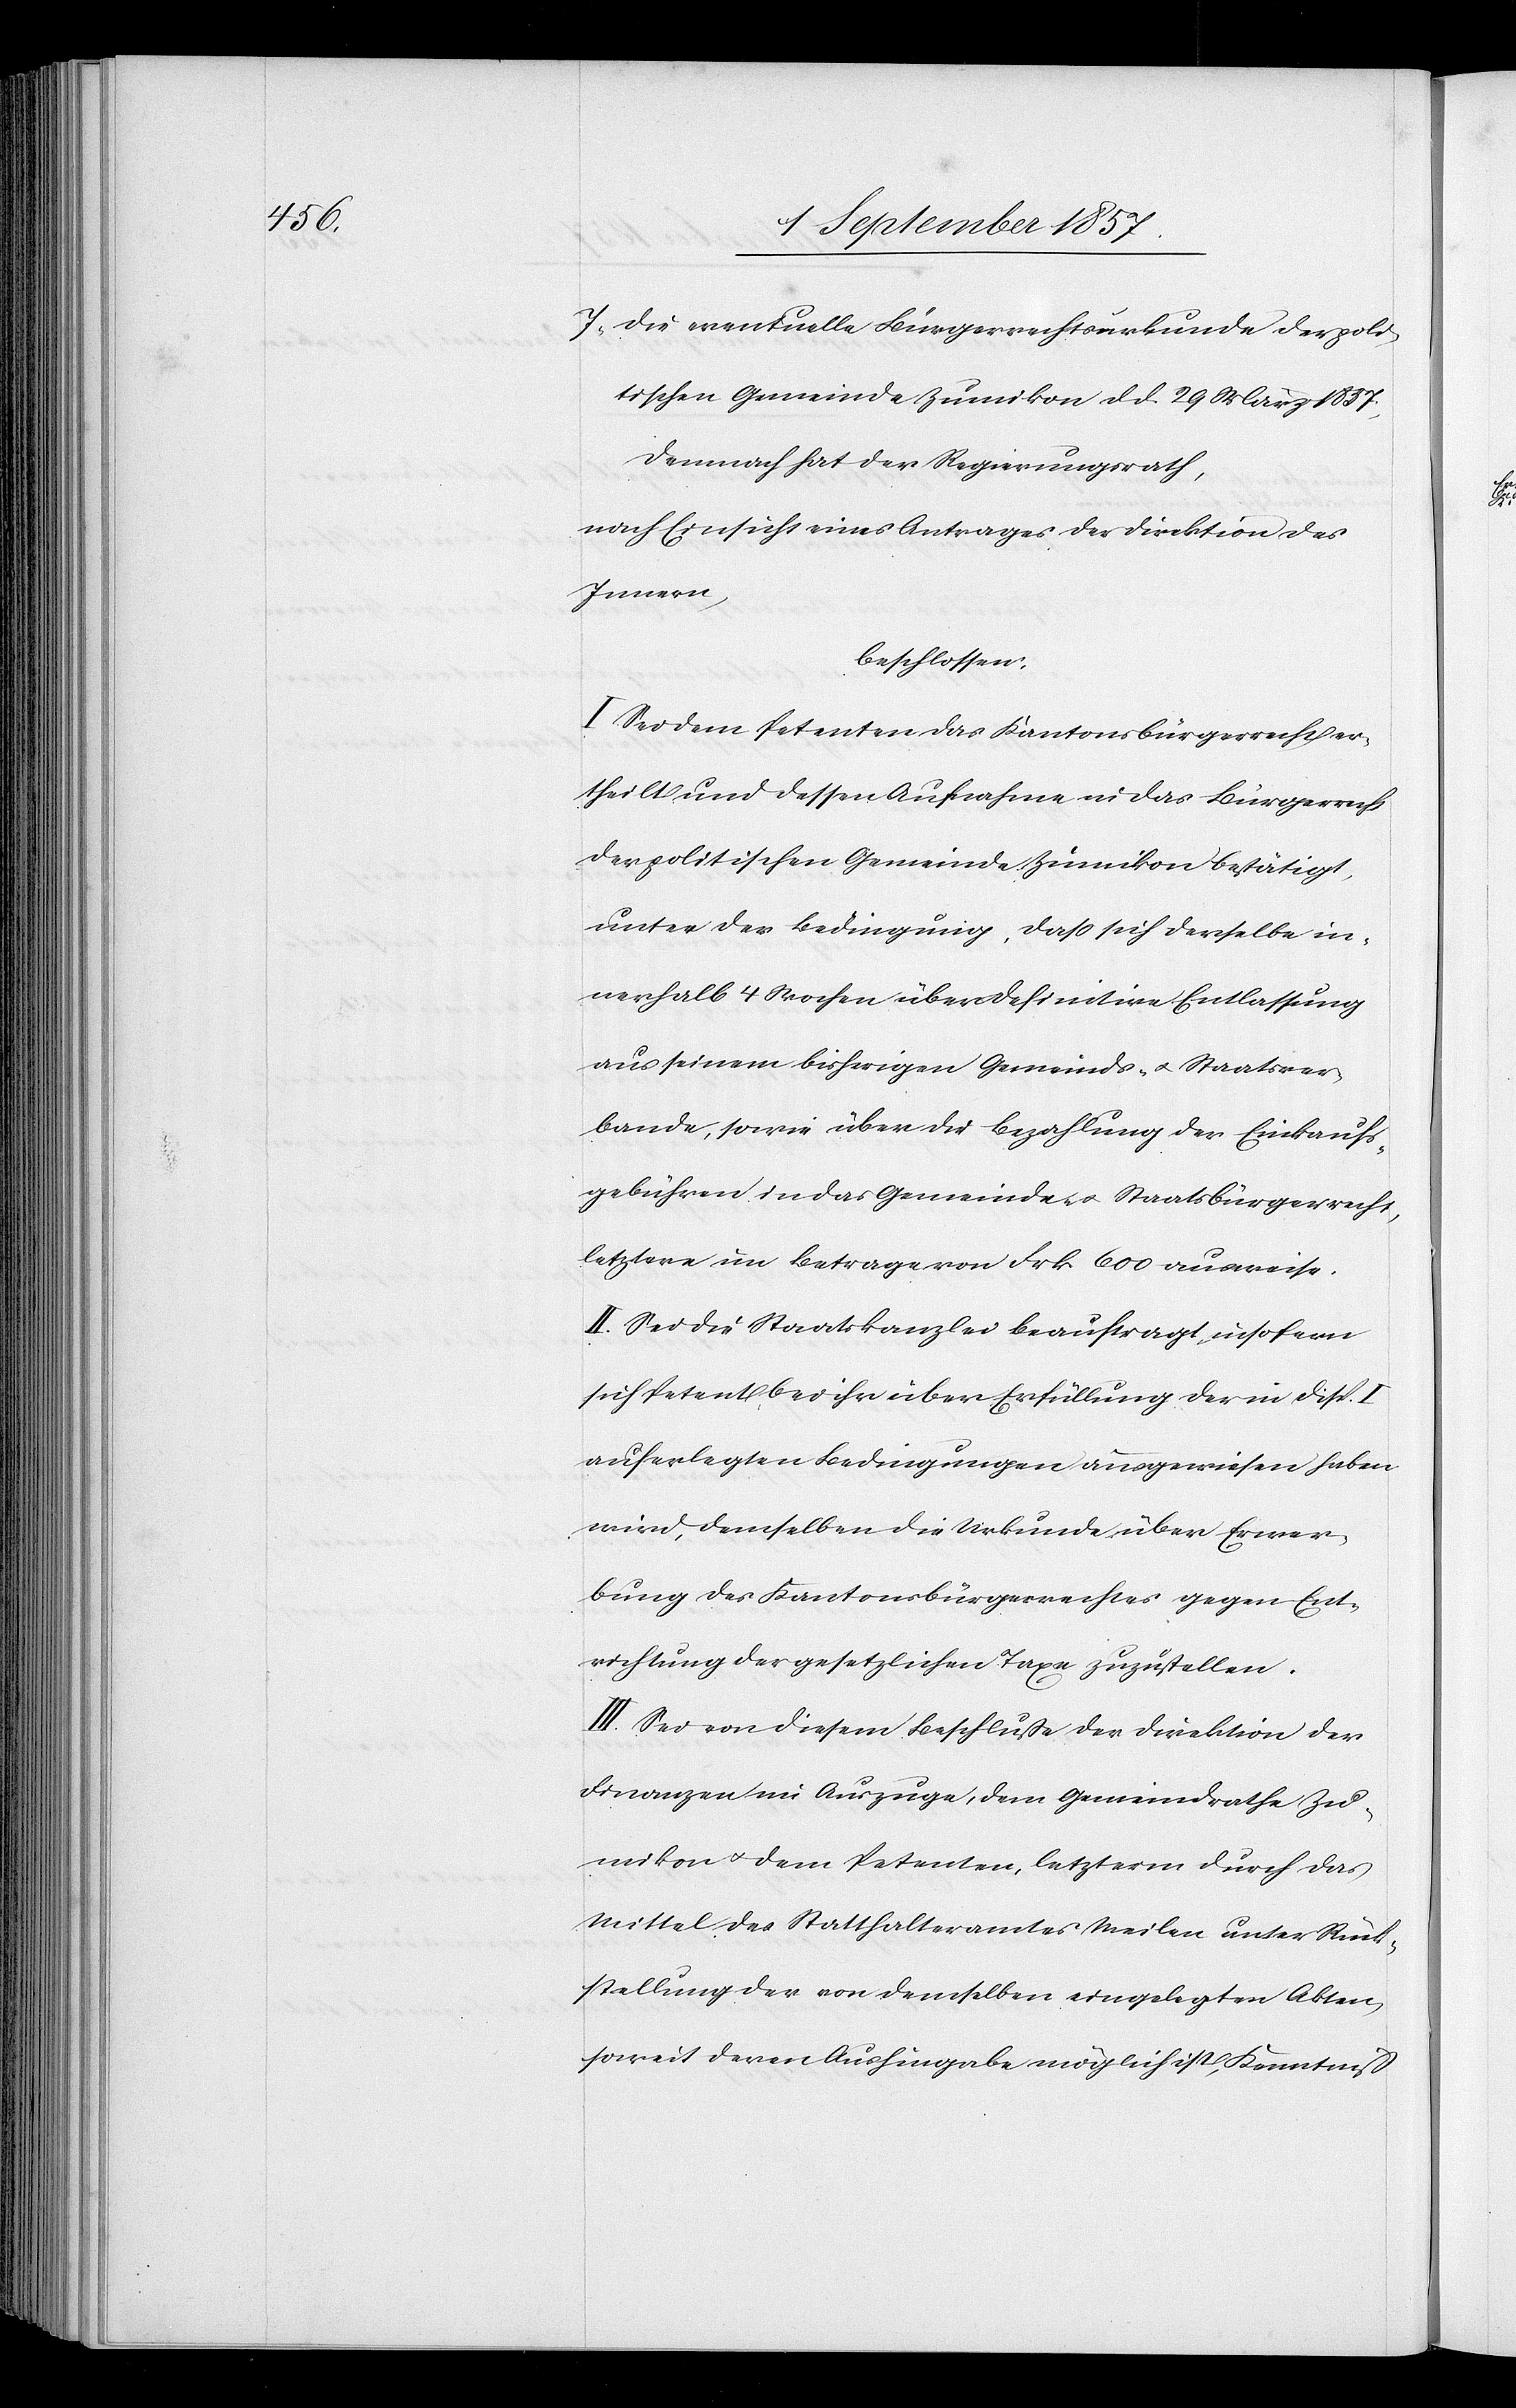
7, die eventuelle Bürgerrechtsurkunde der poli¬
tischen Gemeinde Zumikon d. d. 29 März 1857,
Demnach hat der Regierungsrath,
nach Einsicht eines Antrages der Direktion des
Innern,
beschlossen:
I. Sei dem Petenten das Kantonsbürgerrecht er¬
theilt und dessen Aufnahme in das Bürgerrecht
der politischen Gemeinde Zumikon bestätigt,
unter der Bedingung, daß sich derselbe in¬
nerhalb 4 Wochen über definitive Entlassung
aus seinem bisherigen Gemeinds- & Staatsver¬
bande, sowie über die Bezahlung der Einkaufs¬
gebühren in das Gemeinds- & Staatsbürgerrecht,
letztere im Betrage von Frk. 600 ausweise.
II. Sei die Staatskanzlei beauftragt, insofern
sich Petent bei ihr über Erfüllung der in Disp. I
auferlegten Bedingungen ausgewiesen haben
wird, demselben die Urkunde über Erwer¬
bung des Kantonsbürgerrechtes gegen Er¬
richtung der gesetzlichen Taxe zuzustellen.
III. Sei von diesem Beschlusse der Direktion der
Finanzen im Auszuge, dem Gemeindrathe Zu¬
mikon & dem Petenten, letzterm durch das
Mittel des Statthalteramtes Meilen unter Rück¬
stellung der von demselben eingelegten Akten,
soweit deren Aushingabe möglich ist, Kenntniß